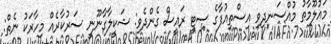
މައުލޫމާތު މުއްސަނދިވި އިސްތިއުފާގެ ސިޓީ ރައީސް ގެންދެވި: ޝަކީލާގާނޫނީ ސަރުކާރެއް މިހާރަކު ނެތް: